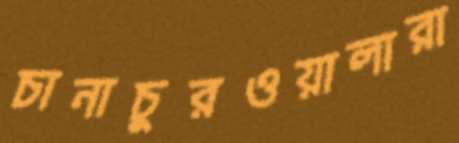
চানাচুরওয়ালারা